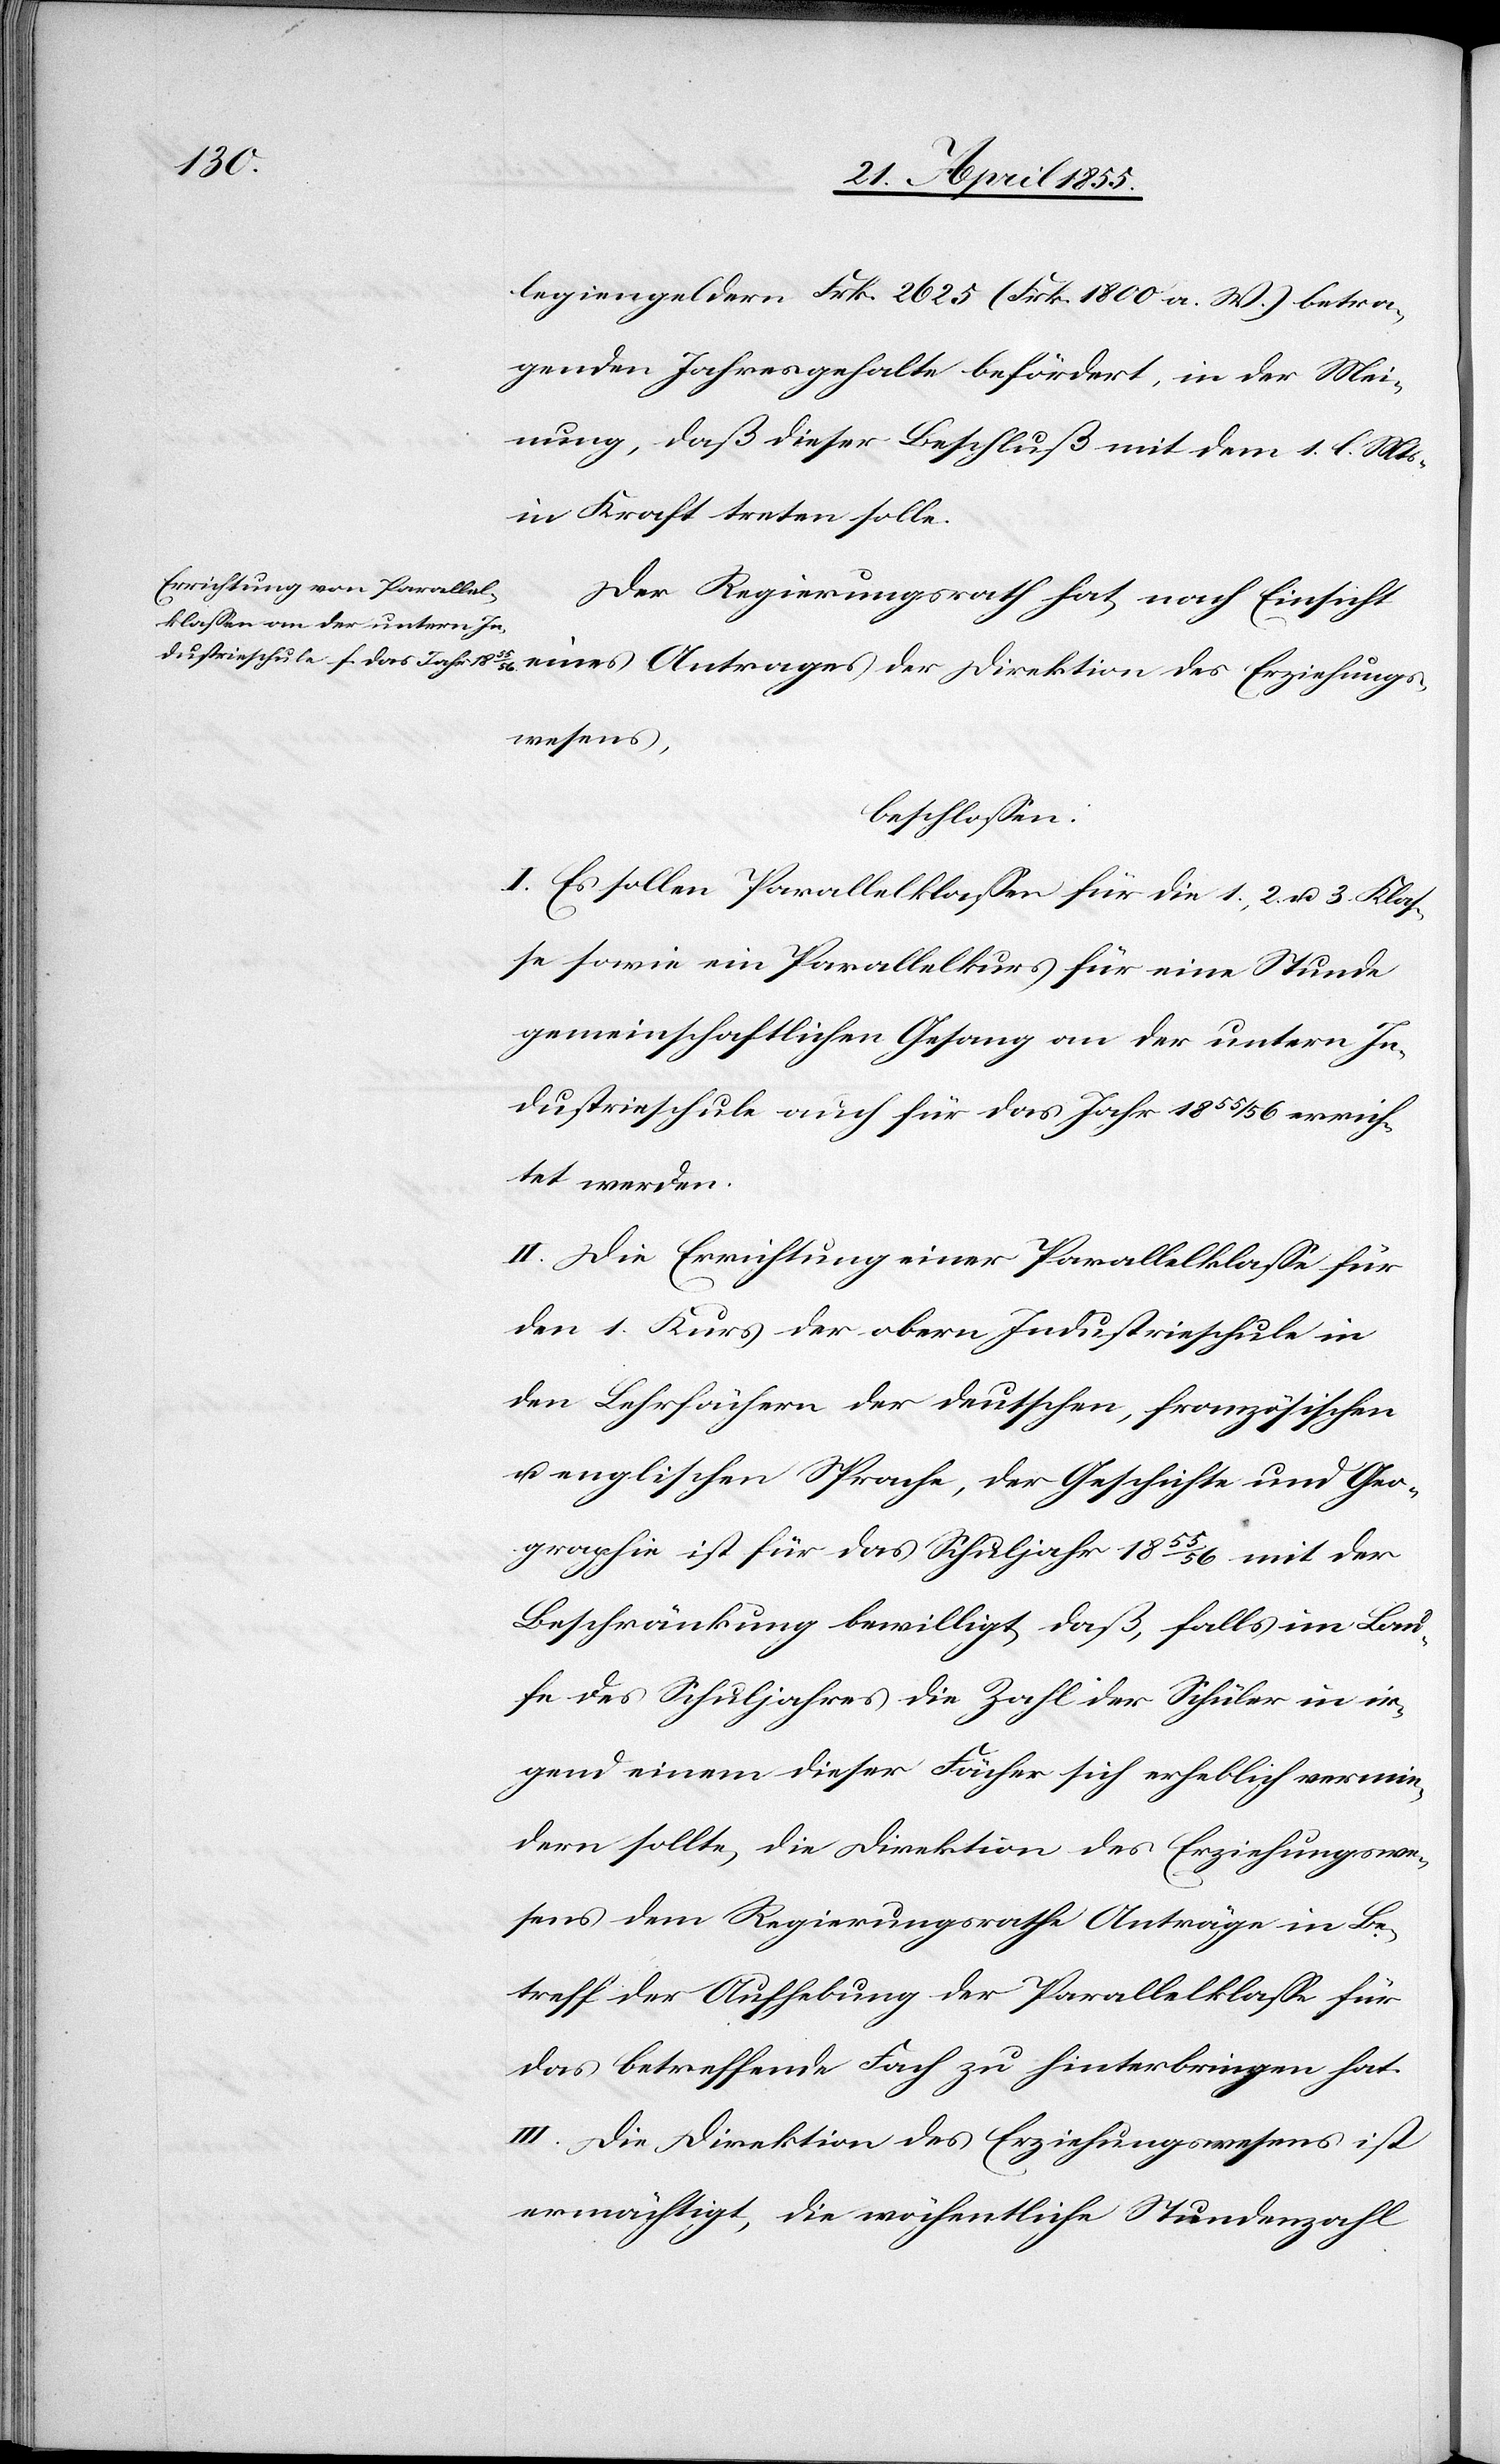
legiengeldern Frk. 2625 (Frk. 1800 a. W.) betra¬
genden Jahresgehalte befördert, in der Mei¬
nung, daß dieser Beschluß mit dem 1. l. Mts.
in Kraft treten solle.
Der Regierungsrath hat, nach Einsicht
beschlossen:
I. Es sollen Parallelklassen für die 1., 2. u. 3. Klas¬
se sowie ein Parallelkurs für eine Stunde
gemeinschaftlichen Gesang an der untern In¬
dustrieschule auch für das Jahr 1855/56 errich¬
tet werden.
II. Die Errichtung einer Parallelklasse für
den 1. Kurs der obern Industrieschule in
den Lehrfächern der deutschen, französischen
u. englischen Sprache, der Geschichte und Geo¬
graphie ist für das Schuljahr 1855/56 mit der
Beschränkung bewilligt, daß, falls im Lau¬
fe des Schuljahres die Zahl der Schüler in ir¬
gend einem dieser Fächer sich erheblich vermin¬
dern sollte, die Direktion des Erziehungswe¬
sens dem Regierungsrathe Anträge in Be¬
treff der Aufhebung der Parallelklasse für
das betreffende Fach zu hinterbringen hat.
III. Die Direktion des Erziehungswesens ist
ermächtigt, die wöchentliche Stundenzahl